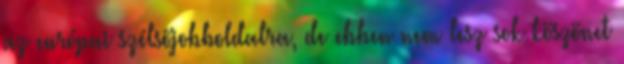
az európai szélsőjobboldalra, de ebben nem lesz sok köszönet